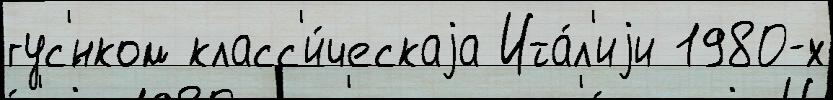
гус'́нком класс'и́ческаjа Ита́л'иjи 1980-х